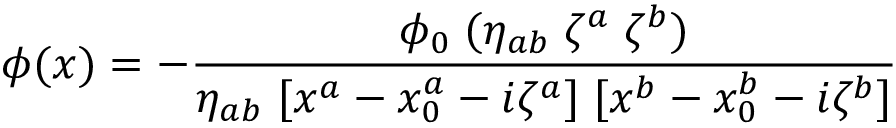
\phi ( x ) = - { \frac { \phi _ { 0 } \; ( \eta _ { a b } \; \zeta ^ { a } \; \zeta ^ { b } ) } { \eta _ { a b } \; [ x ^ { a } - x _ { 0 } ^ { a } - i \zeta ^ { a } ] \; [ x ^ { b } - x _ { 0 } ^ { b } - i \zeta ^ { b } ] } }